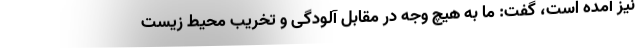
نیز آمده است، گفت: ما به هیچ وجه در مقابل آلودگی و تخریب محیط زیست